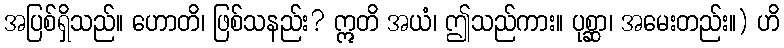
အပြစ်ရှိသည်။ ဟောတိ၊ ဖြစ်သနည်း? ဣတိ အယံ၊ ဤသည်ကား။ ပုစ္ဆာ၊ အမေးတည်း။) ဟိ